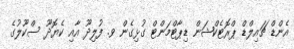
އެންޑް ޗައިލްޑް ޕްރޮޓެކްޝަން ޑިޕާޓްމަންޓް ގުޅިގެން ވ. ފުލިދޫ އާއި ކެޔޮދޫ ސްކޫލުގެ